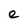
Character: e